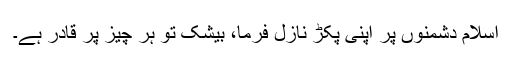
اسلام دشمنوں پر اپنی پکڑ نازل فرما، بیشک تو ہر چیز پر قادر ہے۔